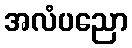
အလံပညော